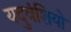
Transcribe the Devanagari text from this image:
यदुवंशियो